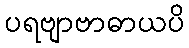
ပရဗျာဗာဓာယပိ